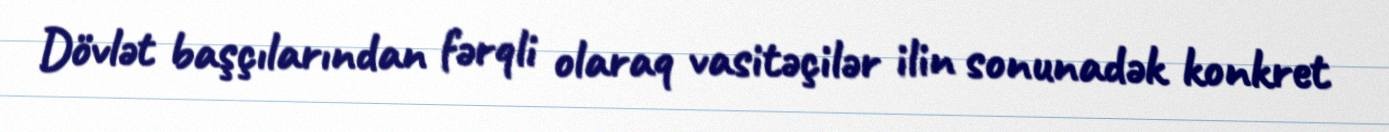
Dövlət başçılarından fərqli olaraq vasitəçilər ilin sonunadək konkret